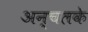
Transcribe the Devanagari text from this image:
अन्चलके